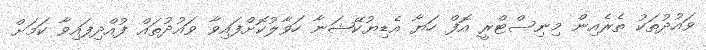
ވައުދުތަކު ތެރެއިން މިނިސްޓްރީ އޮފް ހަޔާ އެޑިޔުކޭޝަނާ ހަވާލުކޮށްފައިވާ ވައުދުތައް ފުއްދިފައިވާ ކަމަށް